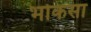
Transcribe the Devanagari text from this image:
भोकसा